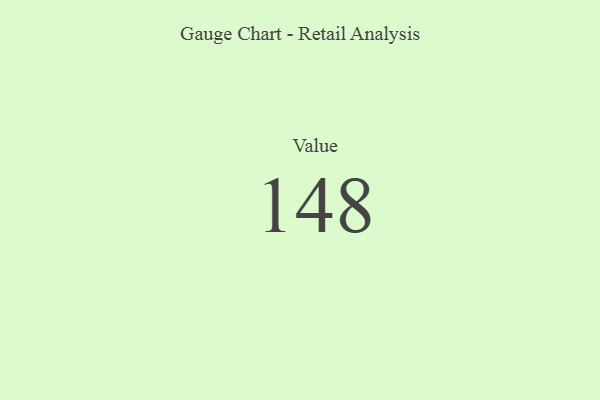
{"axis": {"x": "Metric", "y": "Value"}, "legend": [""], "data": [{"x": "Value", "y": 148, "type": ""}]}